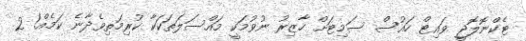
ޓެކްނޮލޮޖީ ވައިޓް ހައުސް ސަމިޓަށް ހާޒިރު ނުވުމަކީ މައްސަލަތަކަކާ ކުރިމަތިވެދާނެ ކަމެއް! 2